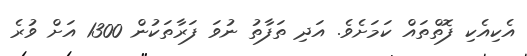
އެކިއެކި ފޮތްތައް ކަމަށެވެ. އަދި ތަފާތު ނުވަ ފަރާތަކުން 1300 އަށް ވުރެ